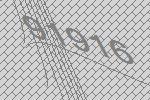
91916